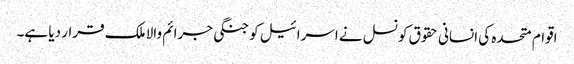
اقوام متحدہ کی انسانی حقوق کونسل نے اسرائیل کو جنگی جرائم والا ملک قرار دیا ہے۔